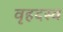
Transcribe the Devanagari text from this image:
वृहदस्व